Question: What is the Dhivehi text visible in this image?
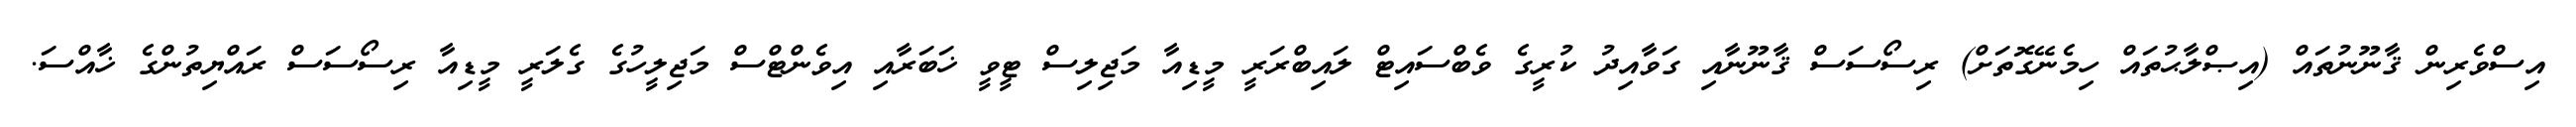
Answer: އިސްވެރިން ޤާނޫނުތައް (އިޞްލާޙުތައް ހިމެނޭގޮތަށް) ރިސޯސަސް ޤާނޫނާއި ގަވާއިދު ކުރީގެ ވެބްސައިޓް ލައިބްރަރީ މީޑިއާ މަޖިލިސް ޓީވީ ޚަބަރާއި އިވެންޓްސް މަޖިލީހުގެ ގެލަރީ މީޑިއާ ރިސޯސަސް ރައްޔިތުންގެ ޚާއްސަ.